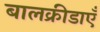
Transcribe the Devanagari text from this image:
बालक्रीडाएँ